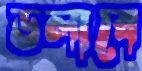
ডলাবে